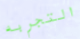
التجربه